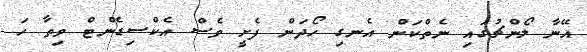
އޭނާ ލޯންޗުގައި ނެތްކަން އެނގި ހޯދަން ފެށީ ވެސް އެކްސިޑެންޓް ވިތާ ހަ